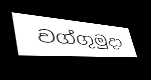
වග්ගුමුදා